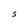
Character: S